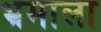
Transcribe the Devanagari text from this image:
भ्रमाला